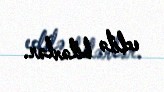
edilə bilərlər.